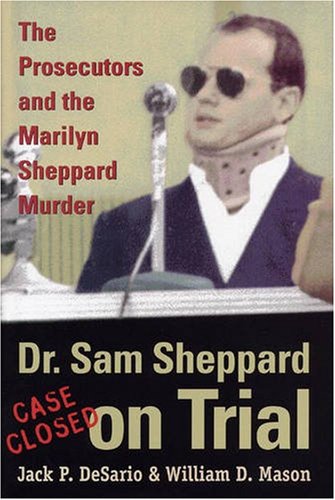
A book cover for Dr. Sam Sheppard on Trial: The Prosecutors and the Marilyn Sheppard Murder; Jack P. DeSario; Biographies & Memoirs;